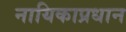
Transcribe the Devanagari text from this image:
नायिकाप्रधान